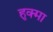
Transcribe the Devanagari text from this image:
हुक्मा